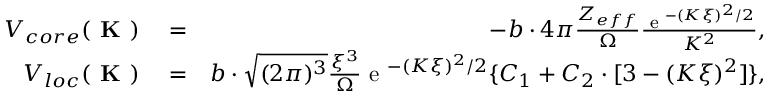
\begin{array} { r l r } { V _ { c o r e } ( \textbf { K } ) } & { { } = } & { - b \cdot 4 \pi \frac { Z _ { e f f } } { \Omega } \frac { \textrm { e } ^ { - ( K \xi ) ^ { 2 } / 2 } } { K ^ { 2 } } , } \\ { V _ { l o c } ( \textbf { K } ) } & { { } = } & { b \cdot \sqrt { ( 2 \pi ) ^ { 3 } } \frac { \xi ^ { 3 } } { \Omega } \textrm { e } ^ { - ( K \xi ) ^ { 2 } / 2 } \{ C _ { 1 } + C _ { 2 } \cdot [ 3 - ( K \xi ) ^ { 2 } ] \} , } \end{array}